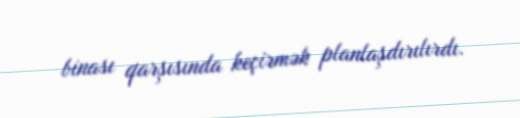
binası qarşısında keçirmək planlaşdırılırdı.